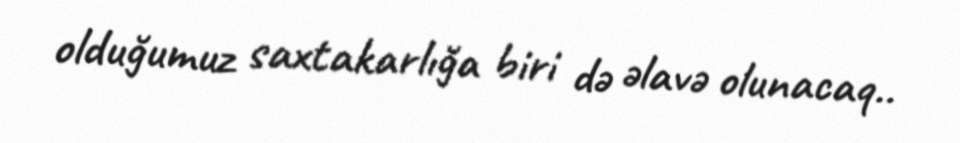
olduğumuz saxtakarlığa biri də əlavə olunacaq..